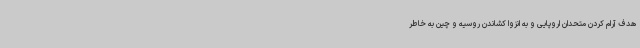
هدف آرام کردن متحدان اروپایی و به انزوا کشاندن روسیه و چین به خاطر